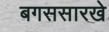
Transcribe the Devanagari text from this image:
बगससारखे